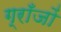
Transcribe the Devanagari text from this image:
ग्राँजों